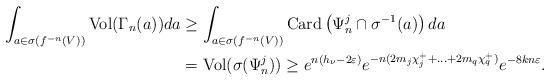
LaTeX: \begin{align*}\begin{aligned} \int_{a\in \sigma( f^{-n}(V))} \mathrm{Vol} (\Gamma_n(a)) da &\ge \int_{a\in \sigma( f^{-n}(V))} \mathrm{Card} \left(\Psi^j_n\cap \sigma^{-1}(a)\right) da \\ & = \mathrm{Vol} (\sigma(\Psi^j_n)) \ge e^{n(h_\nu-2\varepsilon)} e^{-n(2m_j\chi^+_j+\ldots+2m_q\chi^+_q)}e^{-8kn\varepsilon}.\end{aligned}\end{align*}